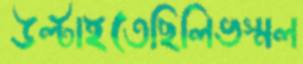
উল্‌টাইতেছিলিভস্মল